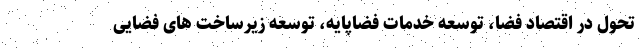
تحول در اقتصاد فضا، توسعه خدمات فضاپایه، توسعه زیرساخت های فضاییِ